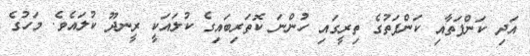
އަދި ކަންފަތާއި ކަންފަތުގެ ތިރީގައި ހުންނަ ކޮތަރިބައިގެ ކުލައަކީ ރީނދޫ ކުލައެވެ. މަހުގެ